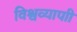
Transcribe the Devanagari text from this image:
विश्वव्यापाी